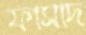
ফাসাদ